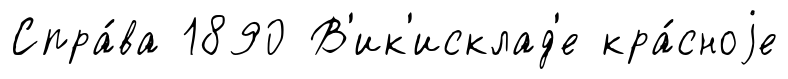
Спра́ва 1890 В'ик'исклад'е кра́сноjе